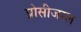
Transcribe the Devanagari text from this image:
प्रोसीजरल